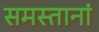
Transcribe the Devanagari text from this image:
समस्तानां